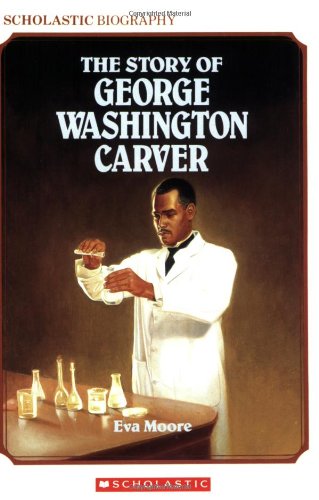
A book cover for The Story Of George Washington Carver; Eva Moore; Children's Books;